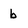
Character: b